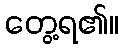
တွေ့ရ၏။